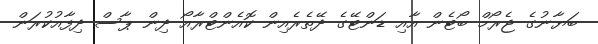
ބަޔާނުގެ ޖެރޯމް ބޯޓެން އާއި ޑަންޓޭގެ ދޭތެރެއިން ކޮއެންޓްރާއޯ ދިން ޕާސް ދިފާއުކުރަން